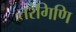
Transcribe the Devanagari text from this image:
तरंगिणि